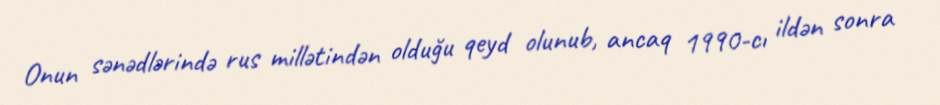
Onun sənədlərində rus millətindən olduğu qeyd olunub, ancaq 1990-cı ildən sonra